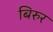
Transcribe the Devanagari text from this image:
बिरुर